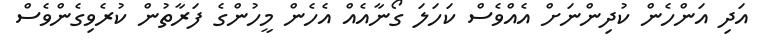
އަދި އަންހެން ކުދިންނަށް އެއްވެސް ކަހަލަ ގޯނާއެއް އެހެން މީހުންގެ ފަރާތުން ކުރެވިގެންވެސް